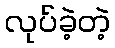
လုပ်ခဲ့တဲ့